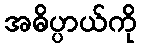
အဓိပ္ပာယ်ကို